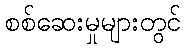
စစ်ဆေးမှုများတွင်